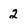
Character: 2